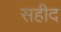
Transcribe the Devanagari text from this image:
सहीद